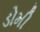
ડોમી